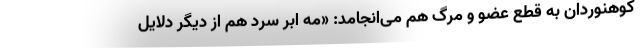
کوهنوردان به قطع عضو و مرگ هم می‌انجامد: «مه ابر سرد هم از دیگر دلایل